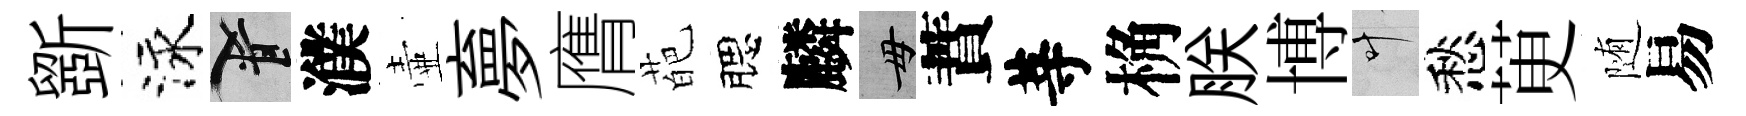
斵泳柳濮壷夣膺葩腮麟毋蕡䓁桷朕博叶愁茰随易